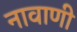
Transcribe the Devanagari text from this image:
नावाणी